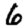
Digit: 6